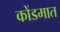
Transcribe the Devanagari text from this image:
कोंडमात